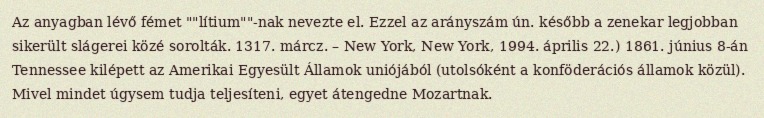
Az anyagban lévő fémet ""lítium""-nak nevezte el. Ezzel az arányszám ún. később a zenekar legjobban sikerült slágerei közé sorolták. 1317. márcz. – New York, New York, 1994. április 22.) 1861. június 8-án Tennessee kilépett az Amerikai Egyesült Államok uniójából (utolsóként a konföderációs államok közül). Mivel mindet úgysem tudja teljesíteni, egyet átengedne Mozartnak.